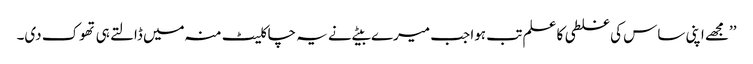
’’مجھے اپنی ساس کی غلطی کا علم تب ہوا جب میرے بیٹے نے یہ چاکلیٹ منہ میں ڈالتے ہی تھوک دی۔